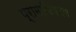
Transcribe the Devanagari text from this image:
प्रामाणिकरण